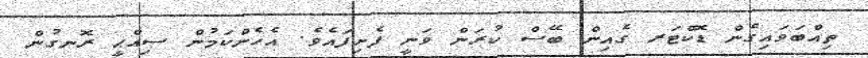
ތިއްބަވައިގެން ޑޮކްޓަރ ގެއިން ބޭސް ކުރަން ވަނީ ފެށިފައެވެ. އެހެންކަމުން ސިއްޙީ ރޮނގުން